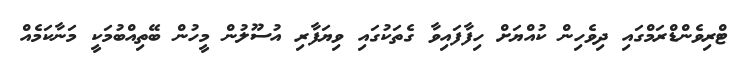
ޓްރިވެންޑްރަމްގައި ދިވެހިން ކުއްޔަށް ހިފާފައިވާ ގެތަކުގައި ވިޔަފާރި އުސޫލުން މީހުން ބޭތިއްބުމަކީ މަނާކަމެއް